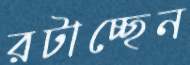
রটাচ্ছেন